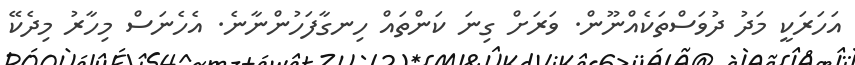
އަހަރަކީ މަދު ދުވަސްތަކެއްނޫން. ވަރަށް ގިނަ ކަންތައް ހިނގާފަހުންނާނެ. އެހެނަސް މިހާރު މިދެކޭ